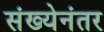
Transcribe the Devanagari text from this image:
संख्येनंतर